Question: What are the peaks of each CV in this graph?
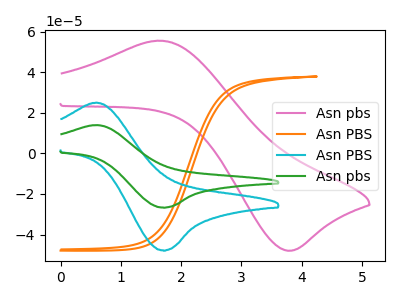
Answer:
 <answer>The pink curve "Asn pbs" has an anodic peak at (1.70V, 55.50uA) and a cathodic peak at (3.75V, -47.95uA). The orange curve "Asn PBS" has no peaks. The cyan curve "Asn PBS" has an anodic peak at (0.60V, 25.00uA) and a cathodic peak at (1.70V, -47.85uA). The green curve "Asn pbs" has an anodic peak at (0.60V, 13.95uA) and a cathodic peak at (1.70V, -26.70uA).</answer>
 <eval></eval>